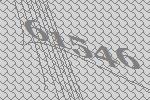
61546